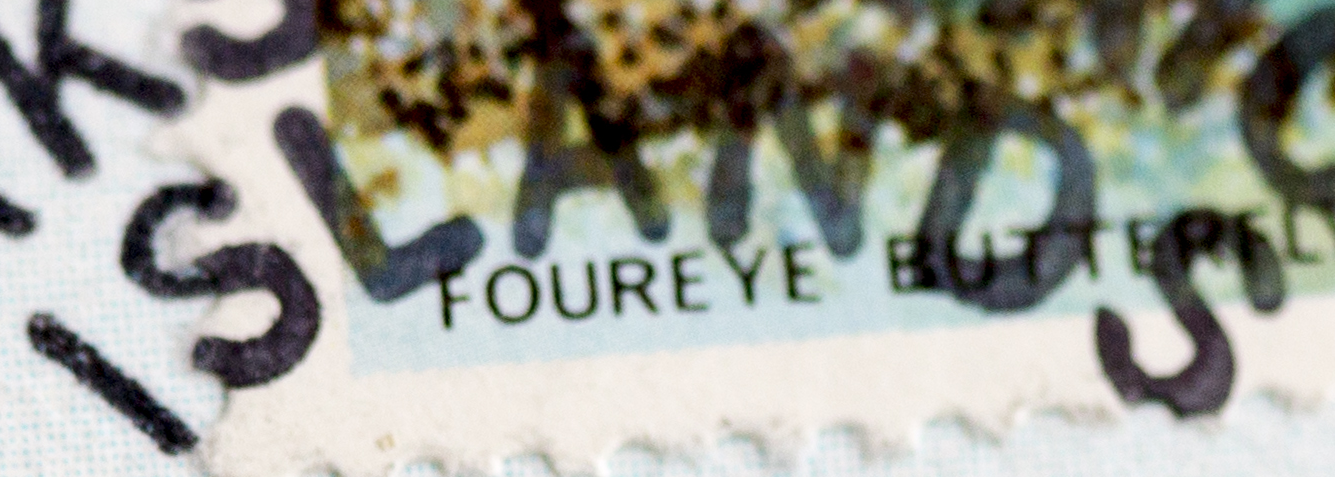
ISLANDS